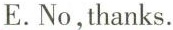
E.No,thanks.